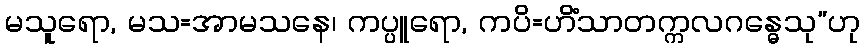
မသူရော, မသ=အာမသနေ၊ ကပ္ပူရော, ကပိ=ဟိံသာတက္ကလဂန္ဓေသု”ဟု